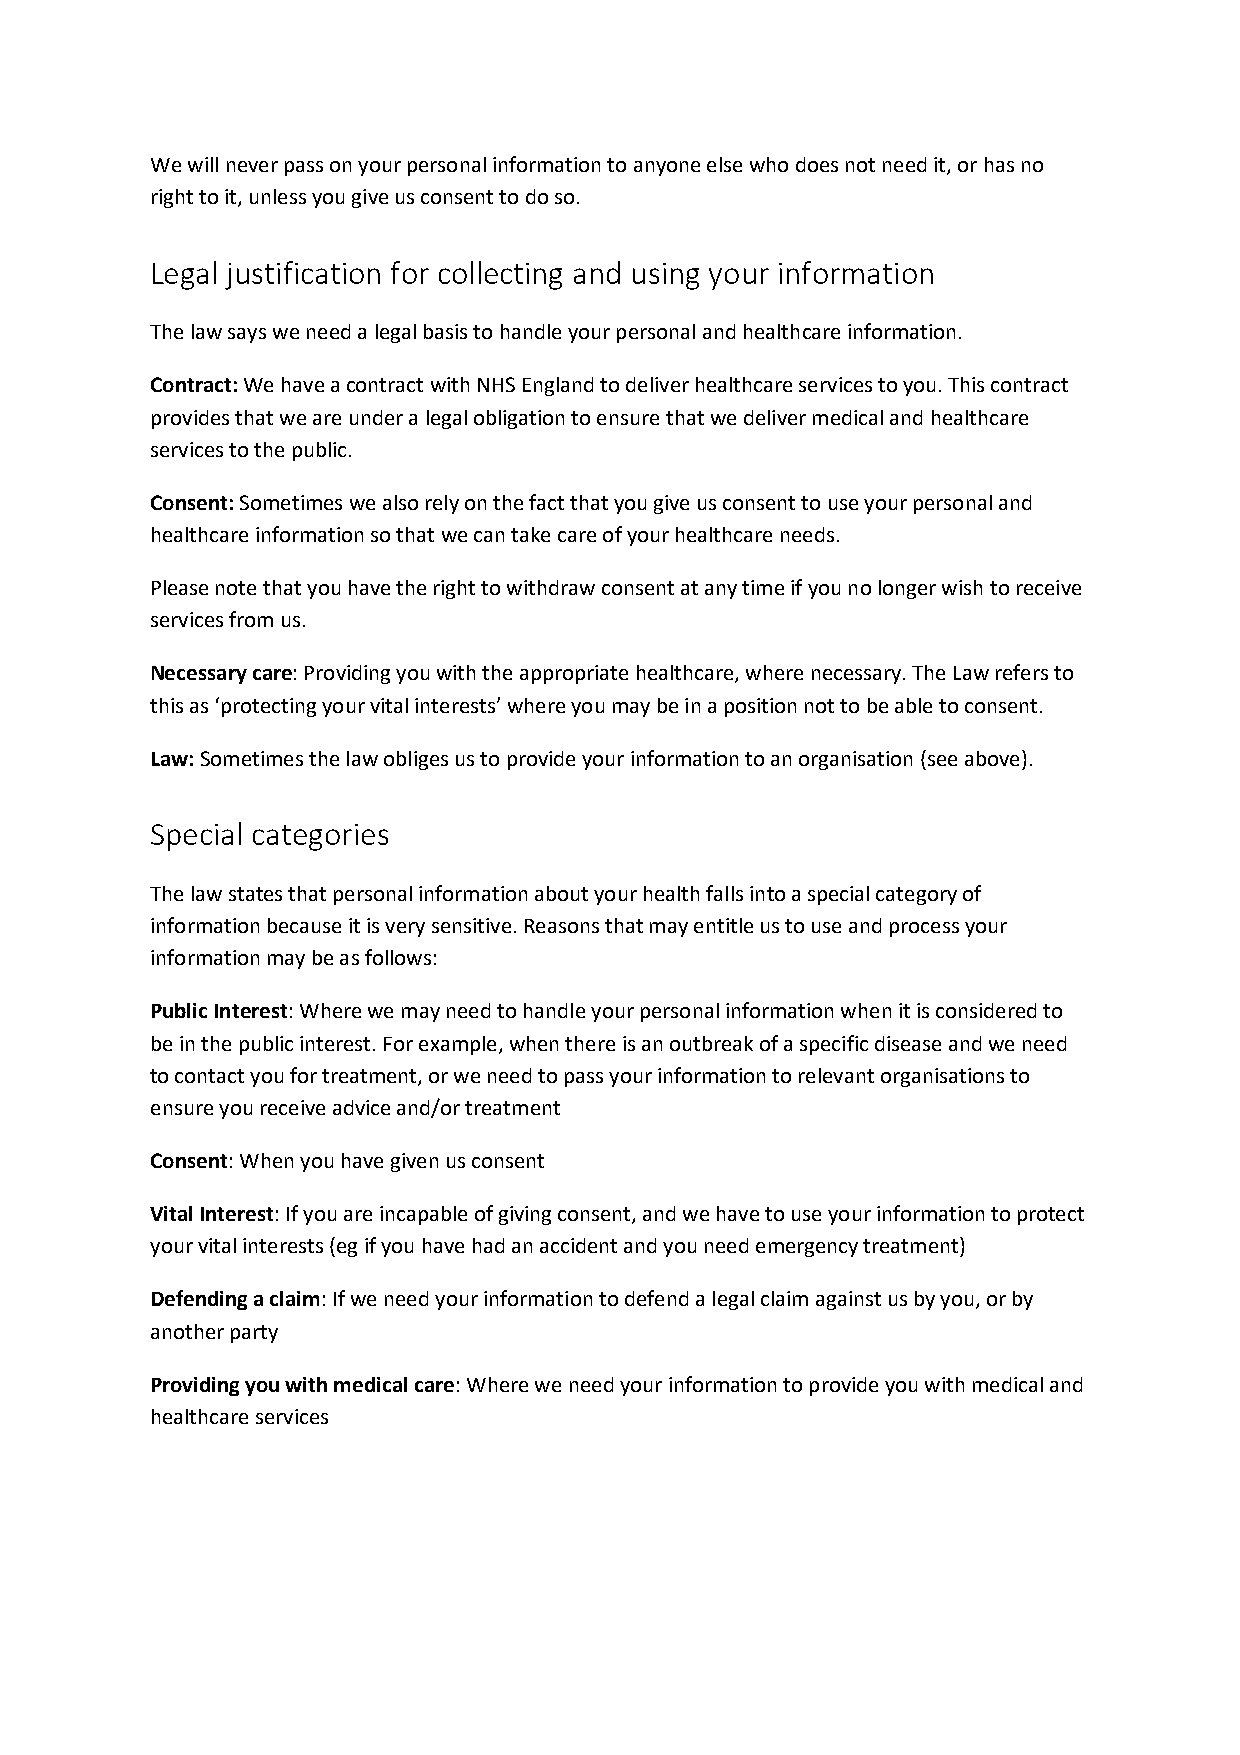
We will never pass on your personal information to anyone else who does not need it, or has no
 right to it, unless you give us consent to do so.
 Legal justification for collecting and using your information
 The law says we need a legal basis to handle your personal and healthcare information.
 Contract: We have a contract with NHS England to deliver healthcare services to you. This contract
 provides that we are under a legal obligation to ensure that we deliver medical and healthcare
 services to the public.
 Consent: Sometimes we also rely on the fact that you give us consent to use your personal and
 healthcare information so that we can take care of your healthcare needs.
 Please note that you have the right to withdraw consent at any time if you no longer wish to receive
 services from us.
 Necessary care: Providing you with the appropriate healthcare, where necessary. The Law refers to
 this as ‘protecting your vital interests’ where you may be in a position not to be able to consent.
 Law: Sometimes the law obliges us to provide your information to an organisation (see above).
 Special categories
 The law states that personal information about your health falls into a special category of
 information because it is very sensitive. Reasons that may entitle us to use and process your
 information may be as follows:
 Public Interest: Where we may need to handle your personal information when it is considered to
 be in the public interest. For example, when there is an outbreak of a specific disease and we need
 to contact you for treatment, or we need to pass your information to relevant organisations to
 ensure you receive advice and/or treatment
 Consent: When you have given us consent
 Vital Interest: If you are incapable of giving consent, and we have to use your information to protect
 your vital interests (eg if you have had an accident and you need emergency treatment)
 Defending a claim: If we need your information to defend a legal claim against us by you, or by
 another party
 Providing you with medical care: Where we need your information to provide you with medical and
 healthcare services